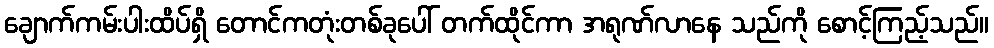
ချောက်ကမ်းပါးထိပ်ရှိ တောင်ကတုံးတစ်ခုပေါ် တက်ထိုင်ကာ အရုဏ်လာနေ သည်ကို စောင့်ကြည့်သည်။